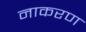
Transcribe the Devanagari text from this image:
नाकरण